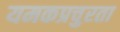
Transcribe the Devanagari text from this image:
यमकप्रचुरता